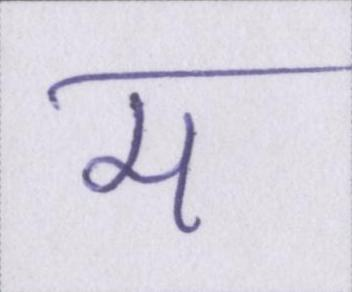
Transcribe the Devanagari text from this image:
म